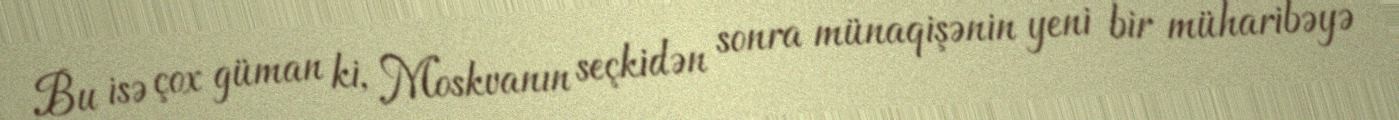
Bu isə çox güman ki, Moskvanın seçkidən sonra münaqişənin yeni bir müharibəyə